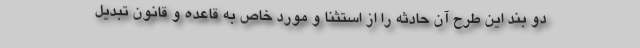
دو بند این طرح آن حادثه را از استثنا و مورد خاص به قاعده و قانون تبدیل